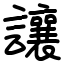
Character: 讓